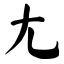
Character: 尢